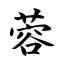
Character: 蓉